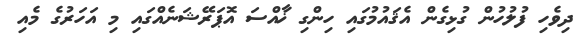
ދިވެހި ފުލުހުން ގުޅިގެން އެޤައުމުގައި ހިންގި ޚާއްސަ އޮޕަރޭޝަނެއްގައި މި އަހަރުގެ މެއި